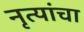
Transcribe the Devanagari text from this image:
नृत्यांचा